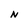
Character: N